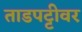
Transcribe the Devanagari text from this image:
ताडपट्टीवर